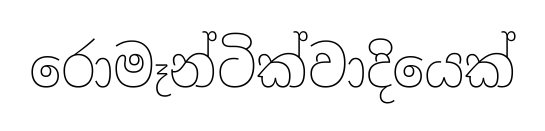
රොමෑන්ටික්වාදියෙක්